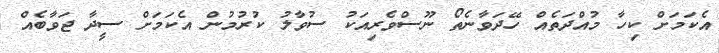
އެކަމަށް ކިހާ މުއްދަތެއް ހޭދަވާނެތޯ ނޫސްވެރިއަކު ސުވާލު ކުރުމުން އެކަމަށް ސީދާ ޖަވާބެއް